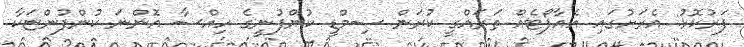
ފަރުކޮޅު: އެރަށުގައި އެއާޕޯޓެއް ތަރައްގީ ކުރަން ސިމްޑީ ކުންފުނީގެ ހިއްސާ އޮންނަ ކުންފުންޏަކާ